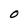
Character: O